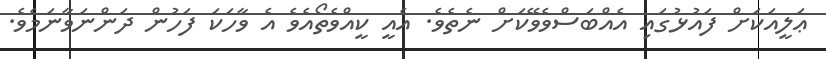
ޢަލީއަކަށް ފައުޅުގައި އެއްބަސްވެވޭކަށް ނެތެވެ. އެއީ ކީއްވެތޯއެވެ އެ ވާހަކަ ފަހުން ދަންނަވާނަމެވެ.